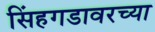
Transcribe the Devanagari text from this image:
सिंहगडावरच्या